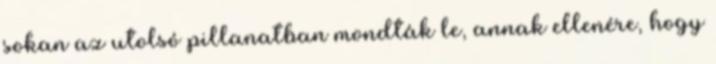
sokan az utolsó pillanatban mondták le, annak ellenére, hogy